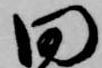
田